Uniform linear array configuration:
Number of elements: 48
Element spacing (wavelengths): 0.5
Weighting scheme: exponential
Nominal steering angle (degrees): -45
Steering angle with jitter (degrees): -45.744
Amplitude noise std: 0.05
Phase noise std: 0.05

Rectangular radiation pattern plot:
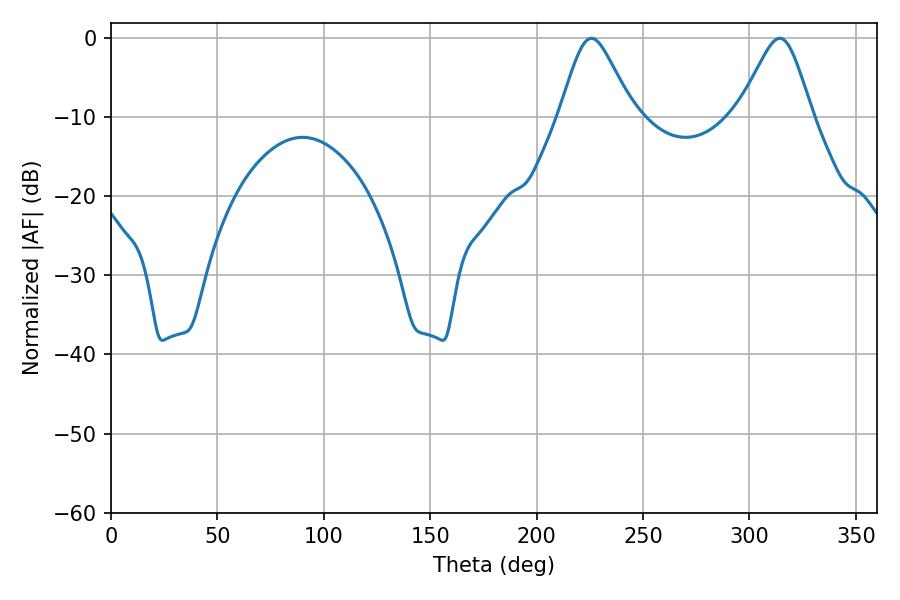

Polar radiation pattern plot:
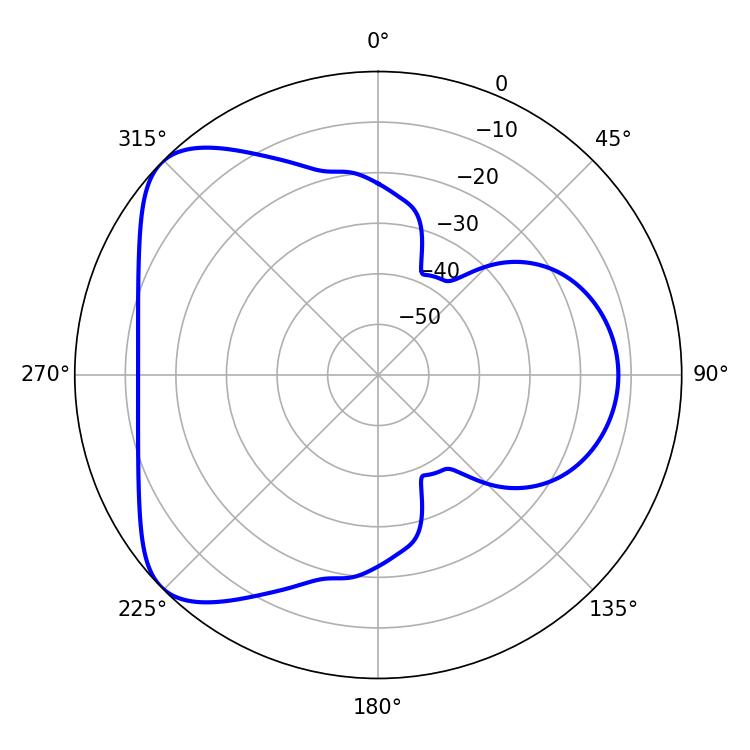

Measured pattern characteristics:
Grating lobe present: FALSE
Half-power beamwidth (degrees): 16.56
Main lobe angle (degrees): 225.72